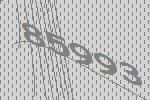
85993